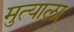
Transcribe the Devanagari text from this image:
मुत्याला